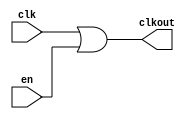
// SPDX-License-Identifier: Apache-2.0
// Copyright (C) 2019 Intel Corporation. All rights reserved
module hdpldadapt_cmn_clkor2
(
        output  wire    clkout,
        input   wire    clk,
        input   wire    en
);

	assign clkout = clk | en;

endmodule // hdpldadapt_cmn_clkor2